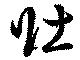
壮